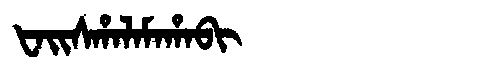
Manchu: ᡶᠠᡳᠰᡥᠠᠯᠠᠮᠠᡥᠠᠪᡳ
Romanization: FAISHALAMAHABI